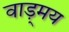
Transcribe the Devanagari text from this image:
वाड़्मय